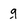
Character: g